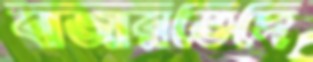
বাজারভেদে